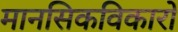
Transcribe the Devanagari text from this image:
मानसिकविकारों